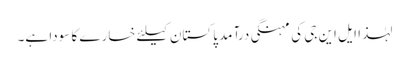
لہٰذا ایل این جی کی مہنگی درآمد پاکستان کیلئے خسارے کا سودا ہے۔